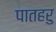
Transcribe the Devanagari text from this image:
पातहरु